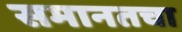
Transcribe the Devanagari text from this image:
समानतचा